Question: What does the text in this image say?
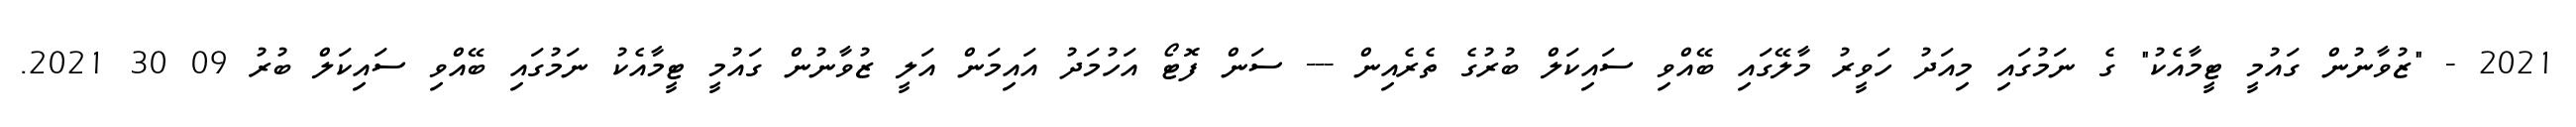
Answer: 2021 - "ޒުވާނުން ގައުމީ ޓީމާއެކު" ގެ ނަމުގައި މިއަދު ހަވީރު މާލޭގައި ބޭއްވި ސައިކަލް ބުރުގެ ތެރެއިން --- ސަން ފޮޓޯ އަހުމަދު އައިމަން އަލީ ޒުވާނުން ގައުމީ ޓީމާއެކު ނަމުގައި ބޭއްވި ސައިކަލް ބުރު 09 30 2021.